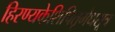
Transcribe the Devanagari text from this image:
हिरण्यकेशिपितृमेधसूत्र